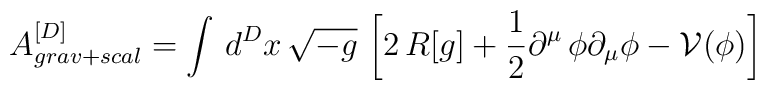
A_{grav+scal}^{[D]}=\int \, d^Dx \, \sqrt{-g} \,\left[ 2 \, R[g]  +\frac{1}{2}\partial^\mu \, \phi \partial_\mu \phi -  \mathcal{V}(\phi)\right]